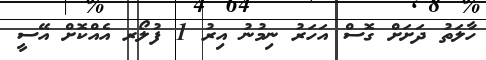
ހާލަތު ދަށަށް ގޮސް އަހަރު ނިމުނު އިރު 1 ފުލޯރ އެއްކޮށް އޭސީ